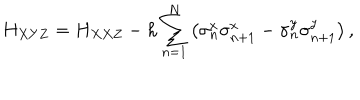
LaTeX: H _ { X Y Z } = H _ { X X Z } - h \sum _ { n = 1 } ^ { N } \left( \sigma _ { n } ^ { x } \sigma _ { n + 1 } ^ { x } - \sigma _ { n } ^ { y } \sigma _ { n + 1 } ^ { y } \right) ,